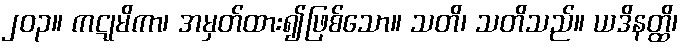
၂၀၃။ ကဋုမိကာ၊ အမှတ်ထား၍ဖြစ်သော။ သတိ၊ သတိသည်။ ယဒိနတ္ထိ၊